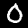
Digit: 0